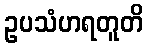
ဥပသံဟရတူတိ